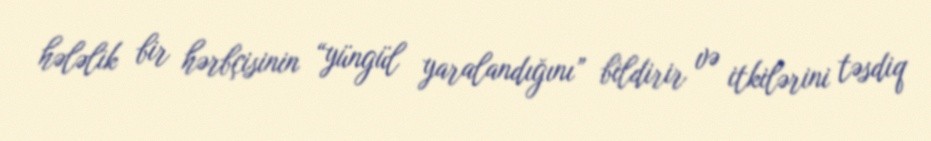
hələlik bir hərbçisinin “yüngül yaralandığını” bildirir və itkilərini təsdiq